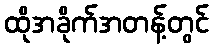
ထိုအခိုက်အတန့်တွင်